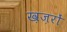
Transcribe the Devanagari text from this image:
ख़ज़रों